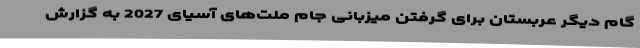
گام دیگر عربستان برای گرفتن میزبانی جام ملت‌های آسیای 2027 به گزارش